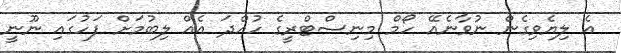
އެ ލިޔެވިގެން ނުވާނެއޭ ހޯމް މިނިސްޓްރީގެ ހުއްދަ އެއް ލިބުމަށް ފަހުގައި ނޫނީ